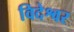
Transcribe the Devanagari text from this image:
विदेश्वर